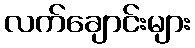
လက်ချောင်းများ